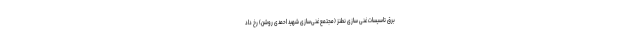
برق تاسیسات غنی سازی نطنز (مجتمع غنی‌سازی شهید احمدی روشن) رخ داد